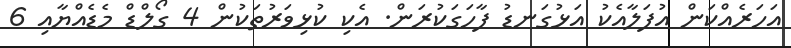
އަހަރެއްކަން އުފަލާއެކު އަޅުގަނޑު ފާހަގަކުރަން. އެކި ކުޅިވަރުތަކުން 4 ގޯލްޑް މެޑެއްޔާއި 6